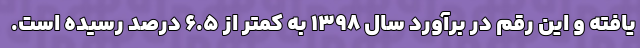
یافته و این رقم در برآورد سال ۱۳۹۸ به کمتر از ۶.۵ درصد رسیده است.